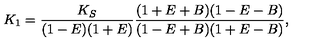
K _ { 1 } = \frac { K _ { S } } { ( 1 - E ) ( 1 + E ) } \frac { ( 1 + E + B ) ( 1 - E - B ) } { ( 1 - E + B ) ( 1 + E - B ) } ,